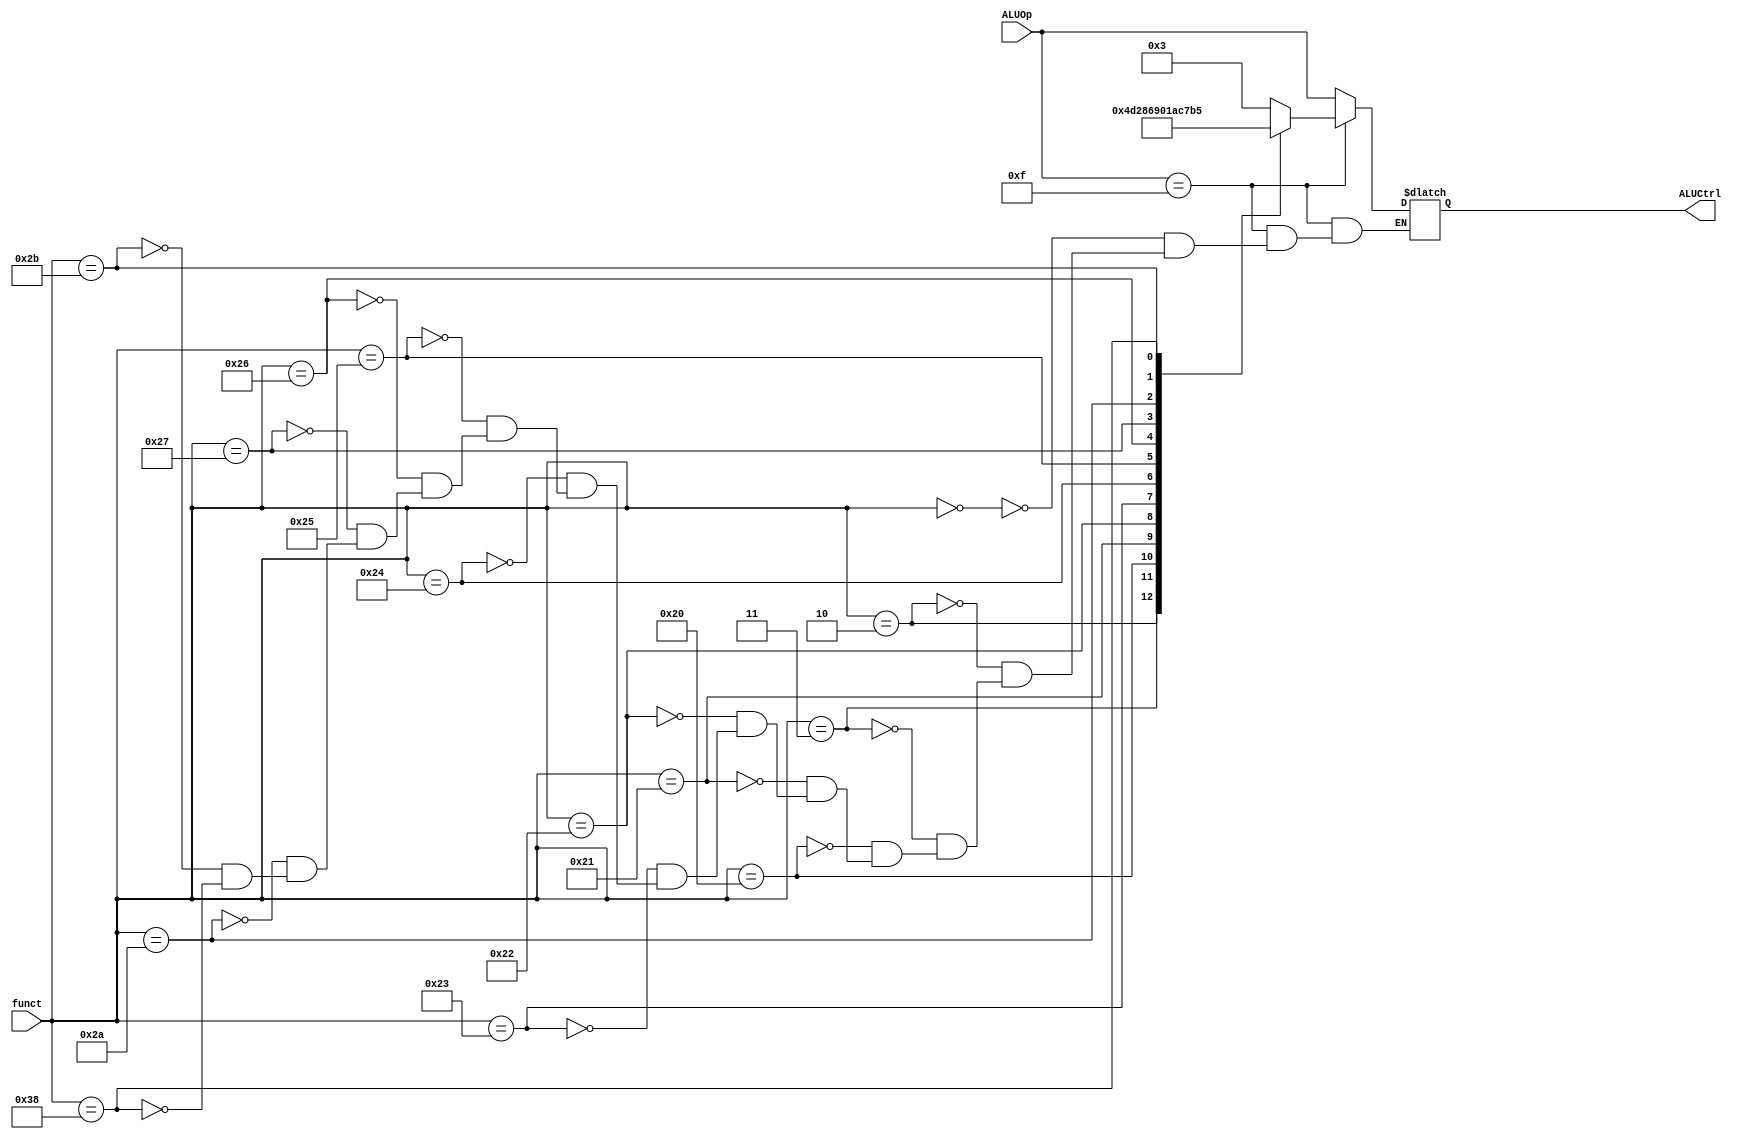
`timescale 1ns / 1ps
//CHANGES TO BE MADE FOR NEW PIPELINED PROCESSOR FOR LAB 6
//  (1) SHIFT (USESHAMT IN DOC) AND SHOULD BE MOVED TO CONTROL UNIT (SINGLE CYCLE CONTORL)
//  (2) FUNC SHOULD BE ROUTED TO CONTROL UNIT

`define AND		4'b0000
`define OR		4'b0001
`define ADD 	4'b0010
`define SLL 	4'b0011
`define SRL 	4'b0100
`define MULA	4'b0101
`define SUB 	4'b0110
`define SLT 	4'b0111
`define ADDU	4'b1000
`define SUBU	4'b1001
`define XOR		4'b1010
`define SLTU	4'b1011
`define NOR		4'b1100
`define SRA		4'b1101
`define LUI		4'b1110

`define SLLFunc  6'b000000
`define SRLFunc  6'b000010
`define SRAFunc  6'b000011
`define ADDFunc  6'b100000
`define ADDUFunc 6'b100001
`define SUBFunc  6'b100010
`define SUBUFunc 6'b100011
`define ANDFunc  6'b100100
`define ORFunc   6'b100101
`define XORFunc  6'b100110
`define NORFunc  6'b100111
`define SLTFunc  6'b101010
`define SLTUFunc 6'b101011
`define MULAFunc 6'b111000

module ALUControl (ALUCtrl, ALUOp, funct);
output [3:0] ALUCtrl;
 
reg [3:0] ALUCtrl;

input [3:0] ALUOp;  
input [5:0] funct; 

//assign shift =0;
//always @(*) // this was replaced by (ALUOp or funct) --func opcode either can change and enter this ALU control unit
always @(*) begin
       
       if(ALUOp == 4'b1111) begin    
            case(funct)
            
            `SLLFunc : begin
                     ALUCtrl = `SLL; 
                    
                        end                   
            `SRLFunc :begin
                      ALUCtrl = `SRL;
                     
                      end
            `SRAFunc : begin
                       ALUCtrl = `SRA;
                     
                       end
            `ADDFunc :
                         ALUCtrl = `ADD;
                         
                      
            `ADDUFunc : ALUCtrl = `ADDU;
            `SUBFunc : ALUCtrl = `SUB;
            `SUBUFunc : ALUCtrl = `SUBU;
            `ANDFunc : ALUCtrl = `AND;
            `ORFunc : ALUCtrl = `OR;
            `XORFunc : ALUCtrl = `XOR;
            `NORFunc : ALUCtrl = `NOR;
            `SLTFunc : ALUCtrl = `SLT;
            `SLTUFunc : ALUCtrl = `SLTU;
            `MULAFunc : ALUCtrl = `MULA;
            
            //default:
            endcase
       end
       else begin
            ALUCtrl = ALUOp;
            
       end     
    end
endmodule